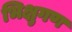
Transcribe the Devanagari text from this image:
भिक्षुगण